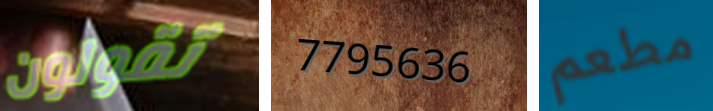
تقولون 7795636 مطعم